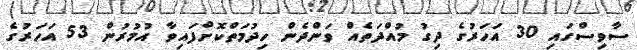
ސާވިސްގައި 30 އަހަރުގެ ދިގު މުއްދަތެއް ވަންދެން ހިދުމަތްކޮށްފައިވާ އުމުރުން 53 އަހަރުގެ